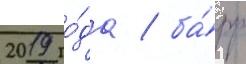
2019 го́да / ба́рр